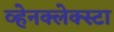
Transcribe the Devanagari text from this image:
व्हेनक्लेक्स्टा